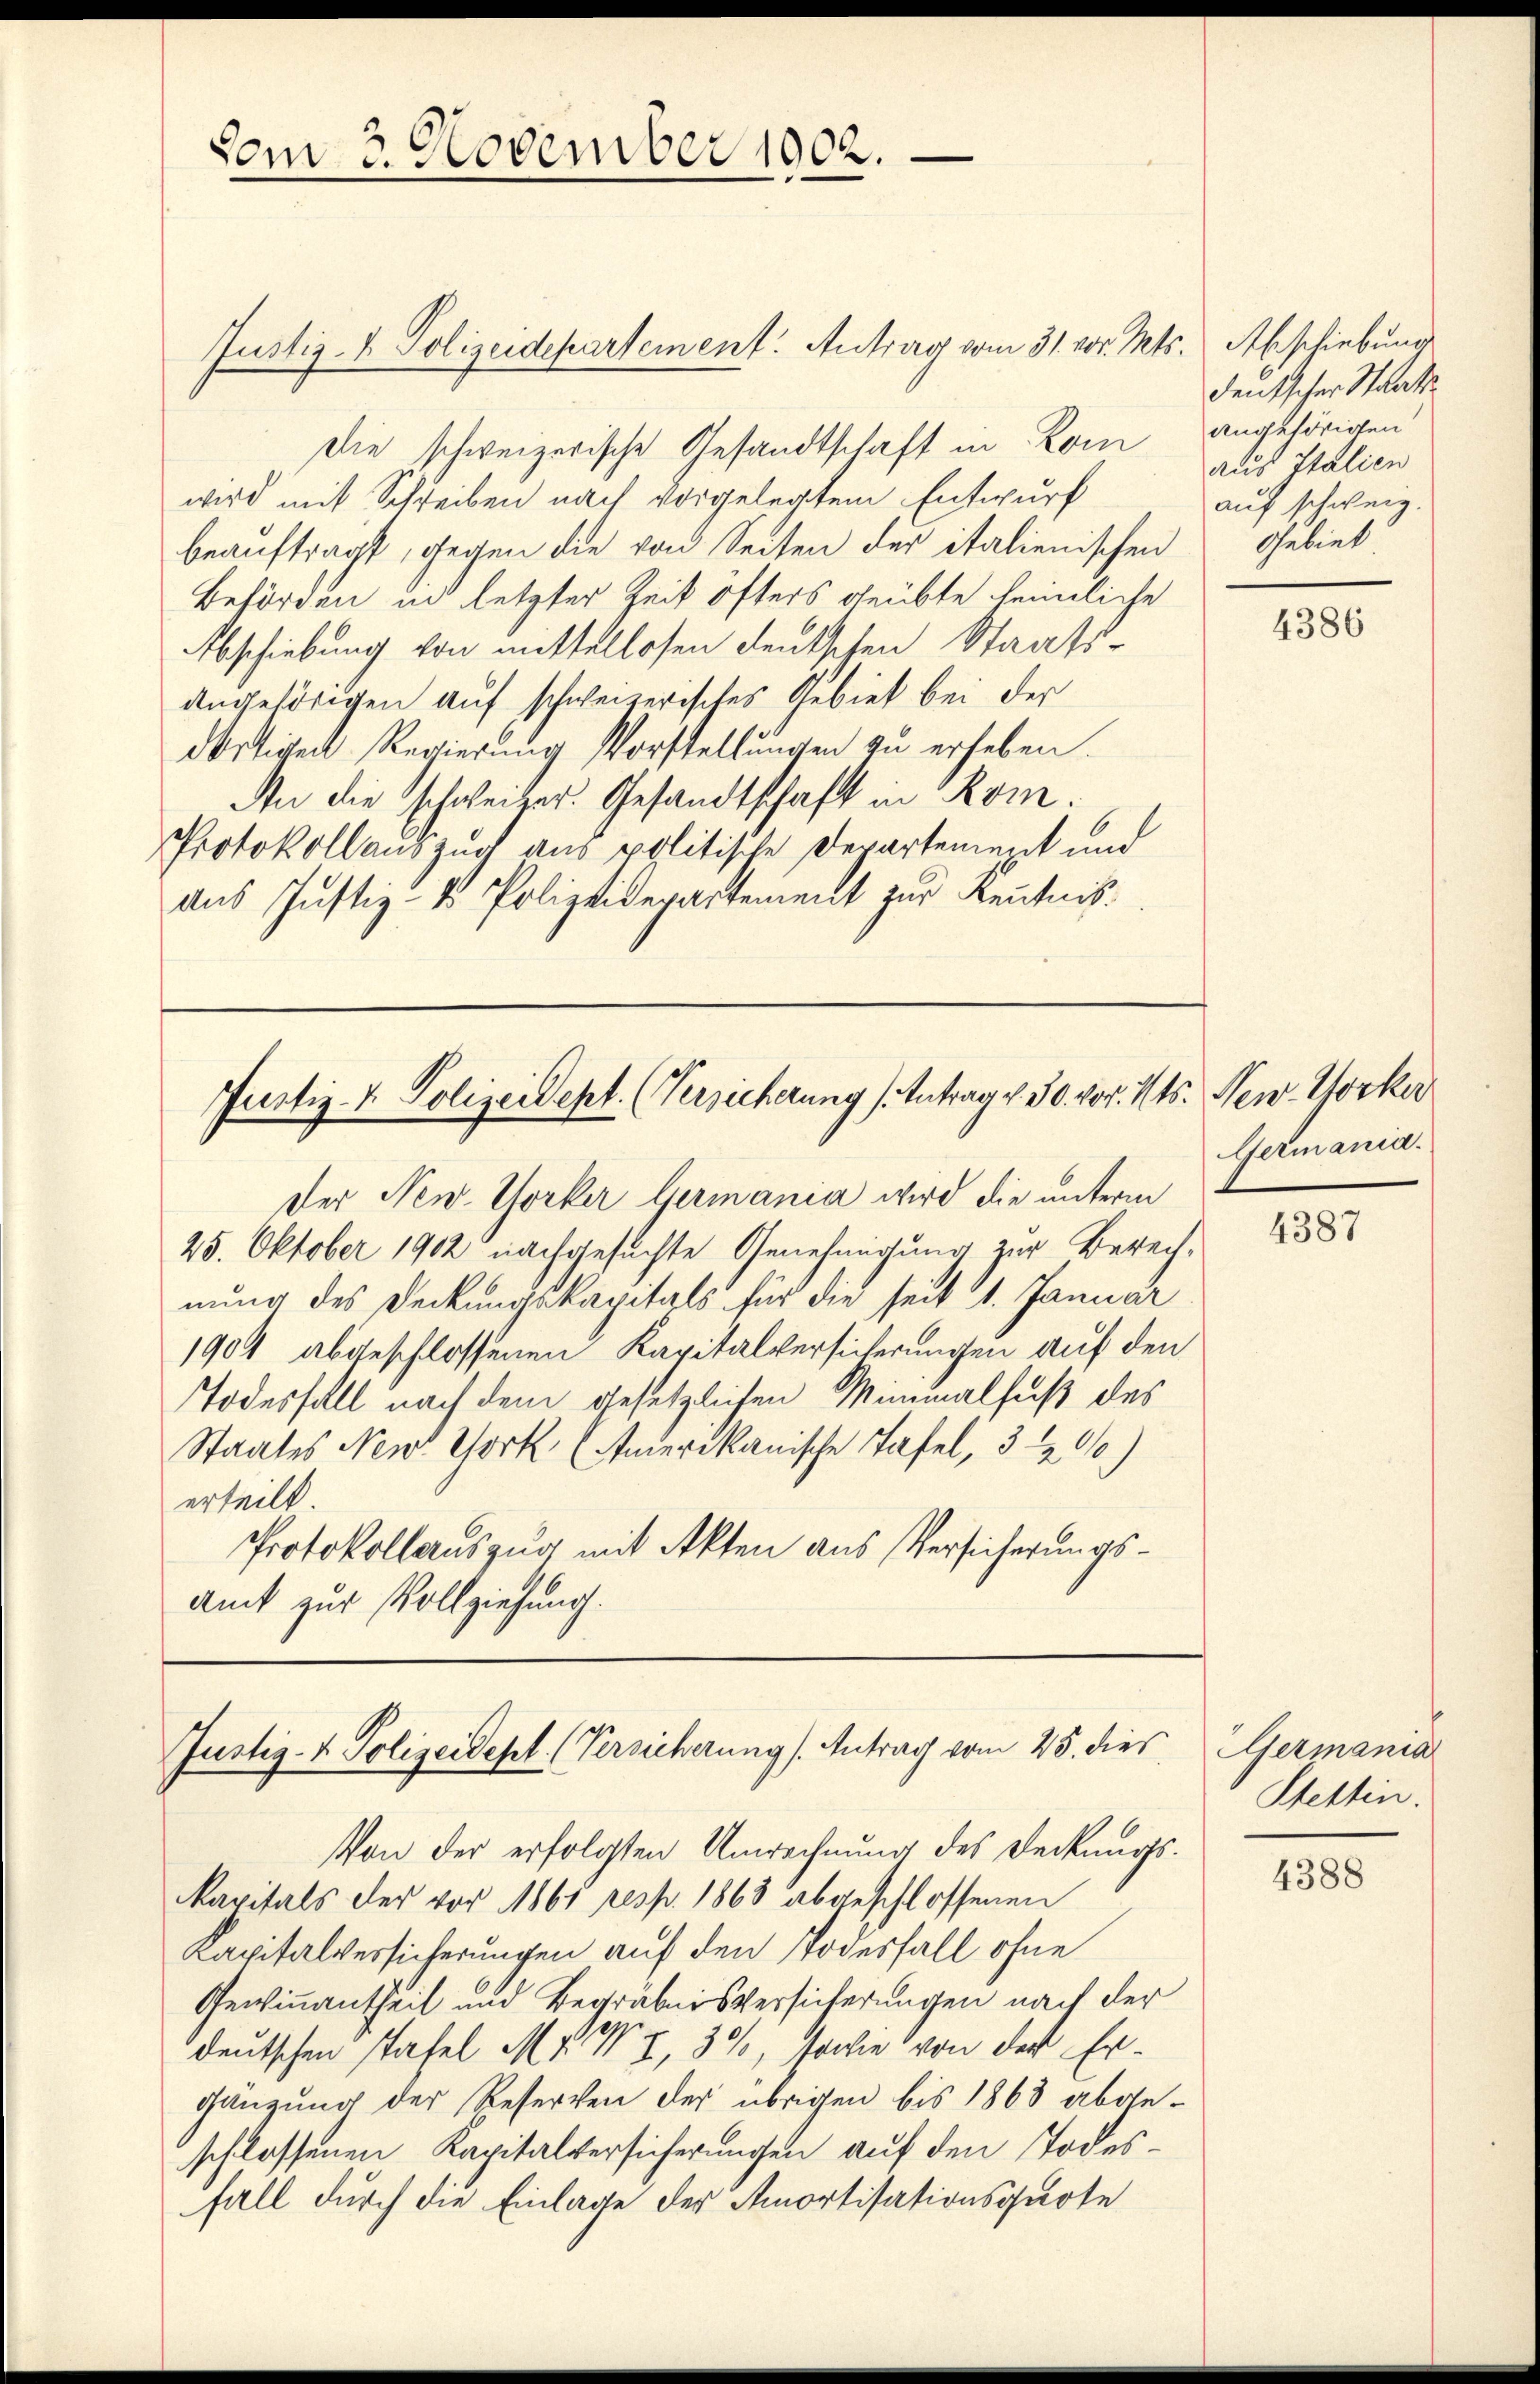
Die schweizerische Gesandtschaft in Kom
wird mit Schreiben nach vorgelegten Entwurf
beauftragt, gegen die von Seiten der italienischen Gebiet
Behörden in letzter Zeit öfters geübte heimliche
Abschiebung von mittellosen deutschen Staats-
angehörigen auf schweizerisches Gebiet bei der
dortigen Regierung Vorstellungen zu erheben.
An die schweizer. Gesandtschaft in Rom.
Protokollauszug aus politische Departement und
aus Justiz- & Polizeiderartement zur Kenntnis.

vom 3. November 1902.

Justiz- & Polizeidepartement. Antrag vom 31. vor. Mts. Abschiebung

Justiz- & Polizeidept. (Versicherung (Antrag v. 30. vor. Mts. New-Yorker
Der New Yorker Germania wird die unterm

25. Oktober 1902 nachgesuchte Genehmigung zur Berechnung des Deckungskapitals für die seit 1. Januar
1904 abgeschlossenen Kapitalversicherungen auf den
Todesfall nach dem gesetzlichen Miminalfuß des
Staates New York (Anderikanische Tafel, 3 ½ 90)
erteilt
Protokollauszug mit Akten aus Versicherungs¬
Amt zur Vollziehung.

Justiz- & Polizeidept. (Versicherung (Antrag vom 25. dies
Von der erfolgten Unrechnung des Deckungs¬

kapitals der vor 1861 resp. 1863 abgeschlossenen
Kapitalversicherungen auf den Todesfall ohne
Gewinnantheit und Begräbnisversicherungen nach der
deutschen Tafel M. M. I, 3%, Joche von der Ergänzung der Reserven der übrigen bis 1863 abgeschlossenen Kapitalversicherungen auf den Todesfall durch die Einlage der Amortisationsquote

deutscher Staats
angehörigen
aus Italien
auf schweiz.

4386

Germania.
4387

Germania
Stetten.

4388